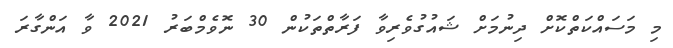
މި މަސައްކަތްކޮށް ދިނުމަށް ޝައުގުވެރިވާ ފަރާތްތަކުން 30 ނޮވެމްބަރު 2021 ވާ އަންގާރަ